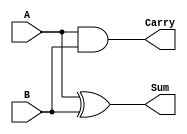
module HalfAdder(
        input A,
        input B,
        output Sum,
        output Carry
        );

xor x1(Sum,A,B);
and c1(Carry,A,B);

endmodule